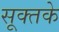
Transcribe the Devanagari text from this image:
सूक्तके